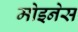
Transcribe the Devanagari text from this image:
मोइनेस